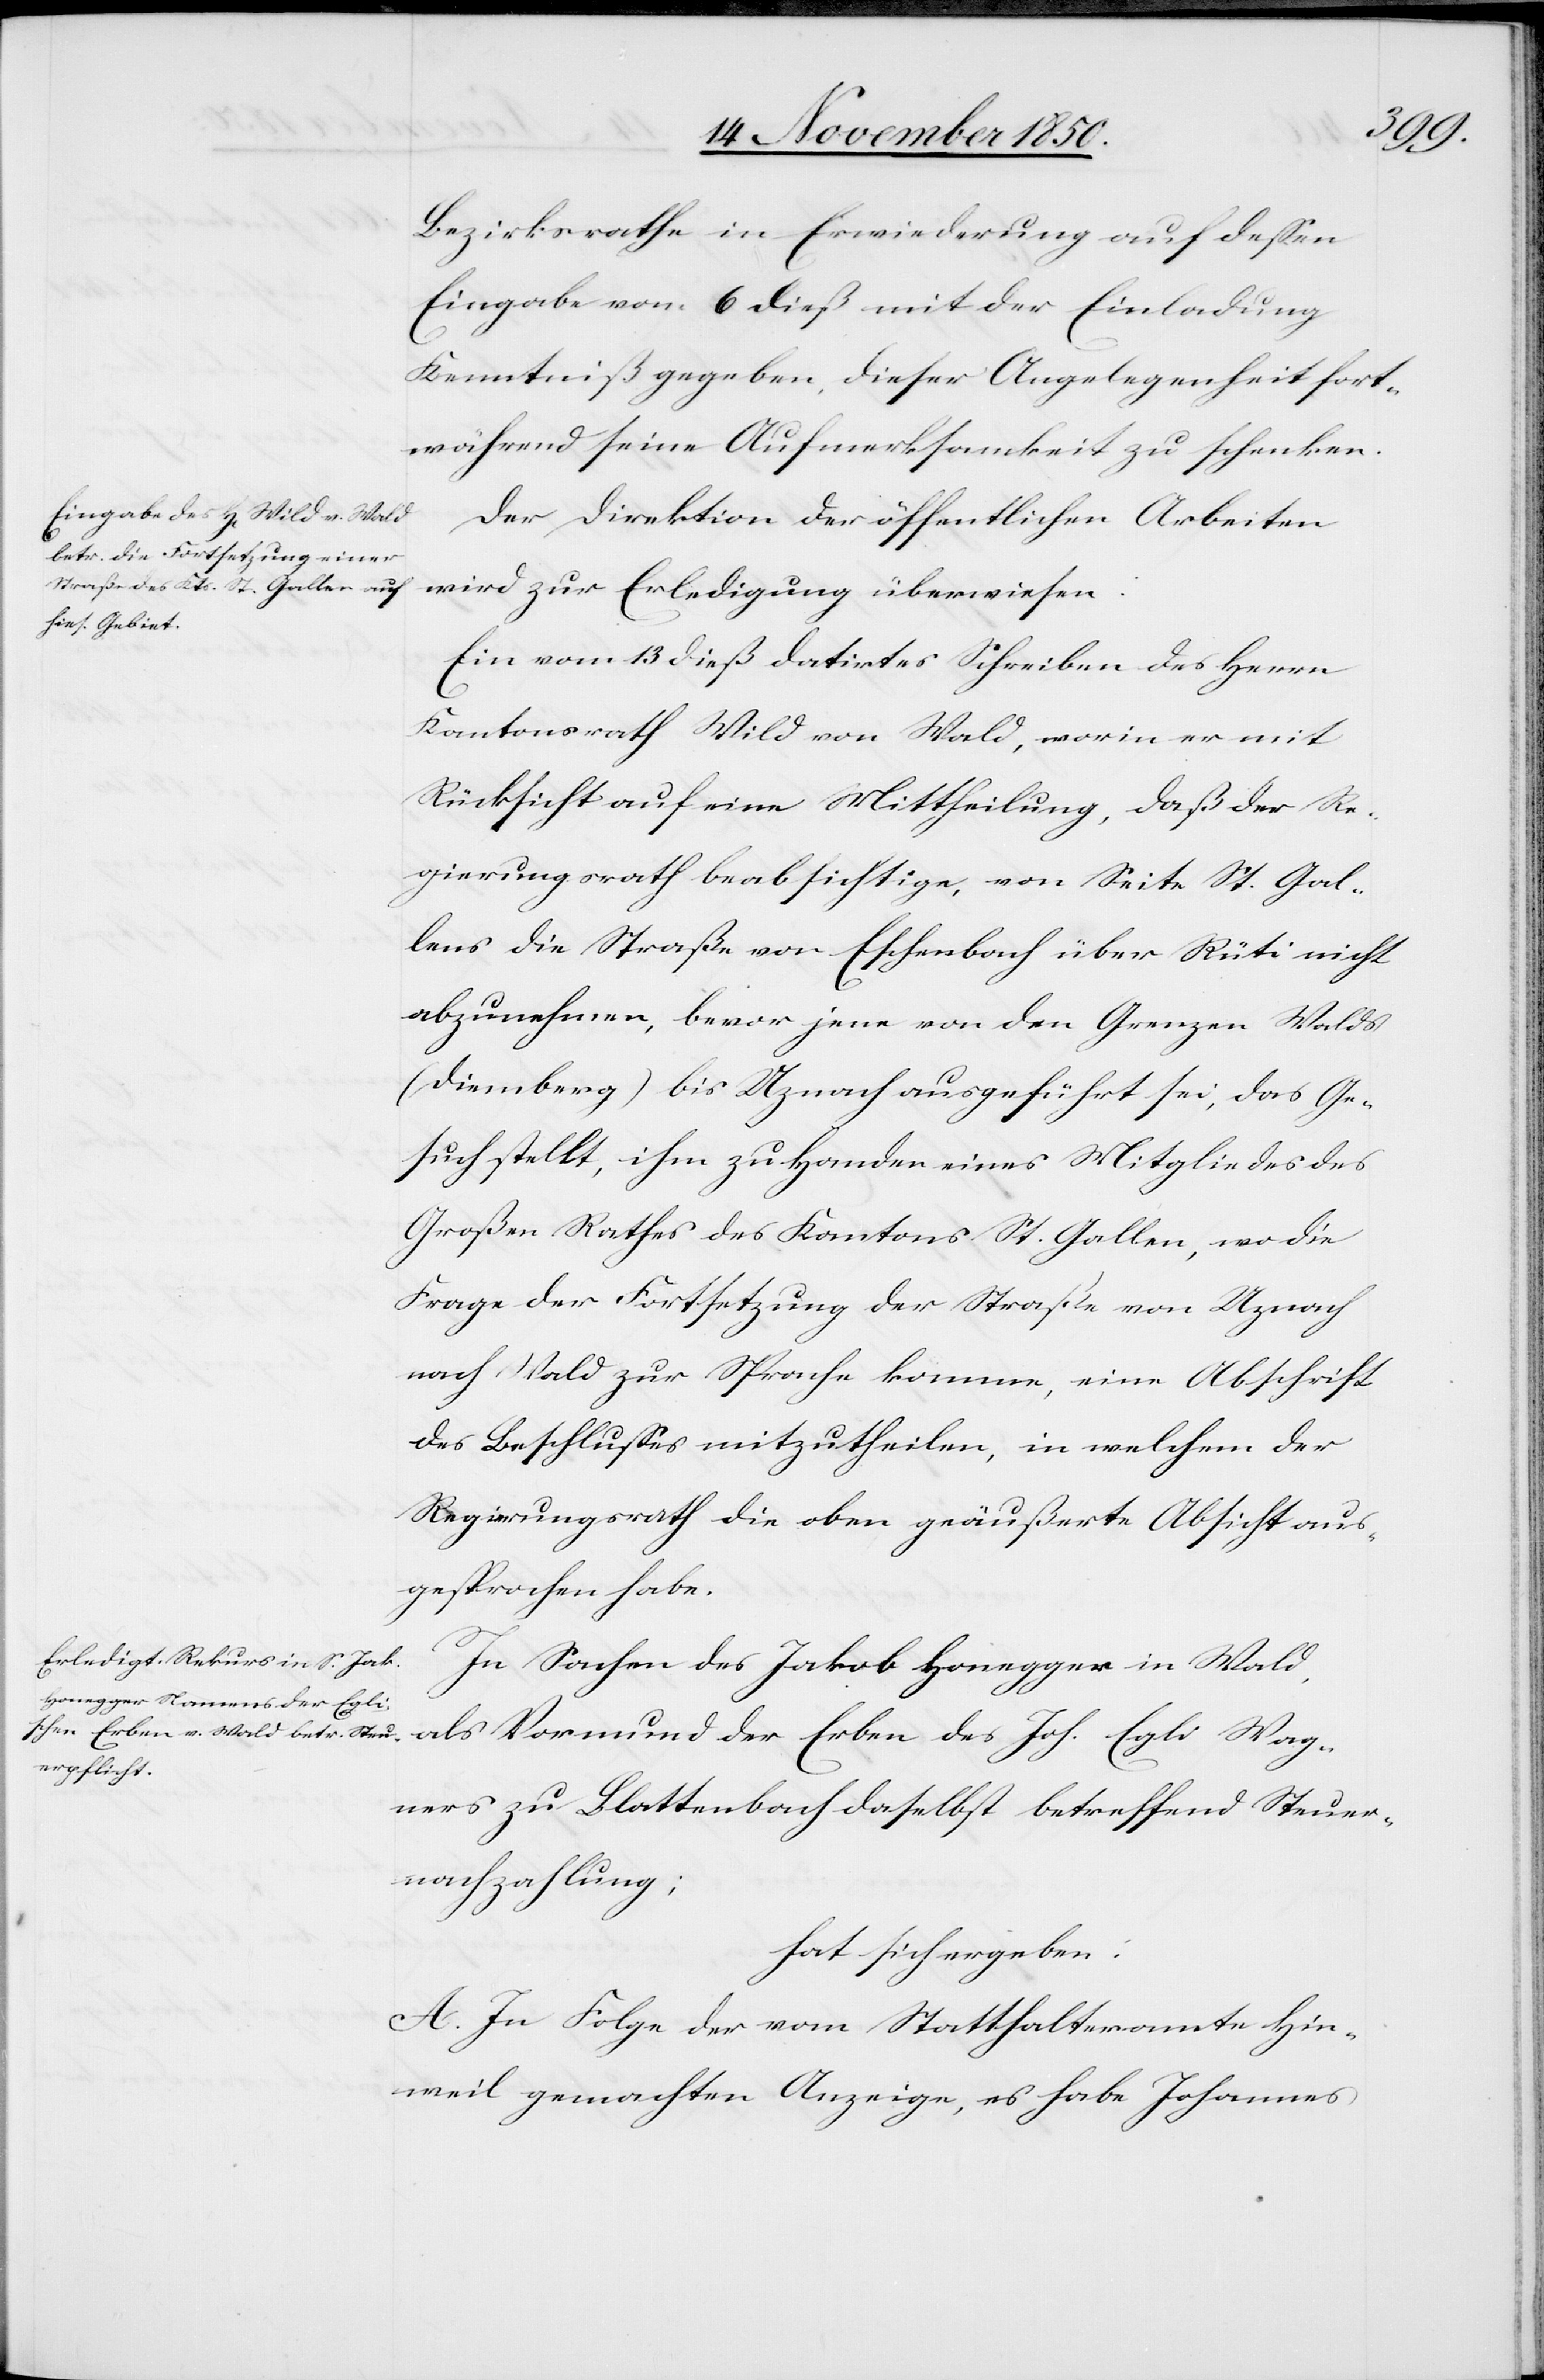
Bezirksrathe in Erwiederung auf dessen
Eingabe vom 6 dieß mit der Einladung
Kenntniß gegeben, dieser Angelegenheit fort¬
während seine Aufmerksamkeit zu schenken.
Der Direktion der öffentlichen Arbeiten
wird zur Erledigung überwiesen:
Ein vom 13 dieß datirtes Schreiben des Herrn
Kantonsrath Wild von Wald, worin er mit
Rücksicht auf eine Mittheilung, daß der Re¬
gierungsrath beabsichtige, von Seite St. Gal¬
lens die Straße vor Eschenbach über Rüti nicht
abzunehmen, bevor jene von den Grenzen Walds
(Diemberg) bis Uznach ausgeführt sei, das Ge¬
such stellt, ihm zu Handen eines Mitgliedes des
Großen Rathes des Kantons St. Gallen, wo die
Frage der Fortsetzung der Straße von Uznach
nach Wald zur Sprache komme, eine Abschrift
des Beschlusses mitzutheilen, in welchem der
Regierungsrath die oben geäußerte Absicht aus¬
gesprochen habe.
In Sachen des Jakob Honegger in Wald,
als Vormund der Erben des Joh. Egli Wag¬
ners zu Blattenbach daselbst betreffend Steuer¬
nachzahlung;
hat sich ergeben:
A. In Folge der vom Statthalteramte Hin¬
weil gemachten Anzeige, es habe Johannes